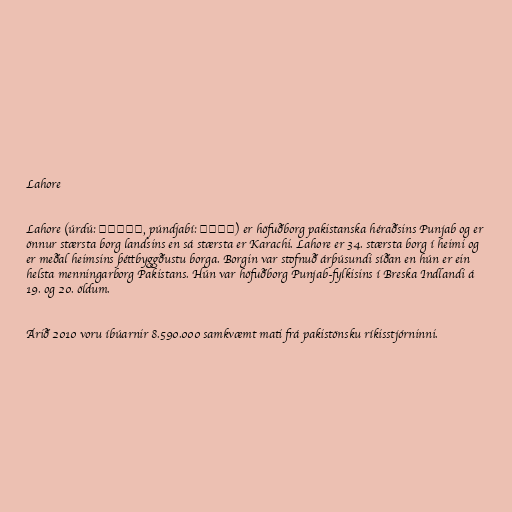
Lahore

Lahore (úrdú: لاہور, púndjabí: لہور) er höfuðborg pakistanska héraðsins Punjab og er
önnur stærsta borg landsins en sá stærsta er Karachi. Lahore er 34. stærsta borg í heimi og
er meðal heimsins þéttbyggðustu borga. Borgin var stofnuð árþúsundi síðan en hún er ein
helsta menningarborg Pakistans. Hún var höfuðborg Punjab-fylkisins í Breska Indlandi á
19. og 20. öldum.

Árið 2010 voru íbúarnir 8.590.000 samkvæmt mati frá pakistönsku ríkisstjórninni.